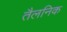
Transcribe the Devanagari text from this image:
तैलनिक